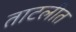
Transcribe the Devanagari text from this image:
ताटलीत